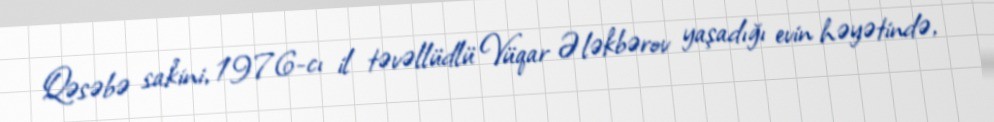
Qəsəbə sakini, 1976-cı il təvəllüdlü Vüqar Ələkbərov yaşadığı evin həyətində,